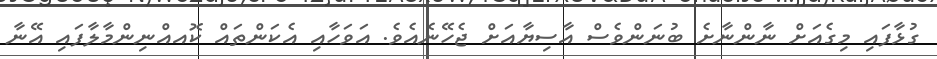
ގުޅާފައި މިގެއަށް ނާންނާށެ ބުނަންވެސް އާސިޔާއަށް ޖެހޭނެއެވެ. އަވަހާއި އެކަންތައް ކޮއއްނިންމާލާފައި އޭނާ